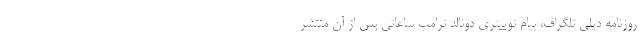
روزنامه دیلی تلگراف،‌ پیام توییتری دونالد ترامپ ساعاتی پس از آن منتشر